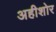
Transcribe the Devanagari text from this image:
अहीशोर